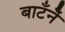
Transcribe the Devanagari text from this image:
बाटँनेँ